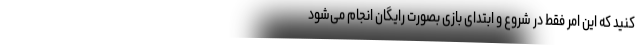
کنید که این امر فقط در شروع و ابتدای بازی بصورت رایگان انجام می‌شود